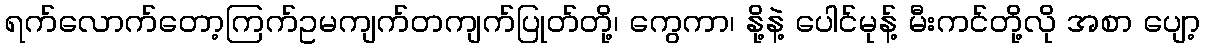
ရက်လောက်တော့ကြက်ဥမကျက်တကျက်ပြုတ်တို့၊ ကွေကာ၊ နို့နဲ့ ပေါင်မုန့် မီးကင်တို့လို အစာ ပျော့